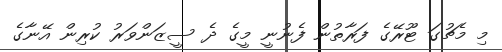
މި މެޗުގަ ޓޫރޭގެ ފަރާތުން ފެނުނީ މީގެ ދެ ސީޒަންވަރު ކުރިން އޭނާގެ